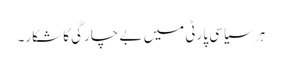
ہر سیاسی پارٹی میں بے چارگی کا شکار۔